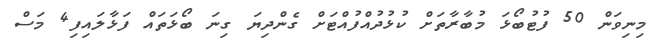
މިނިވަން 50 ފުޓުބޯޅަ މުބާރާތަށް ކުޅުދުއްފުއްޓަށް ގެންދިޔަ ގިނަ ބޯޅަތައް ފަޅާލައިފި4 މަސް